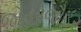
જૌહરજૌહર